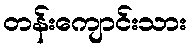
တန်းကျောင်းသား